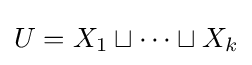
U=X_{1}\sqcup \cdots \sqcup X_{k}